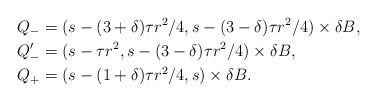
\begin{align*}Q_- &= (s-(3+\delta)\tau r^2/4,s-(3-\delta)\tau r^2/4)\times \delta B,\\Q_-' &= (s-\tau r^2,s-(3-\delta)\tau r^2/4)\times \delta B,\\Q_+&=(s-(1+\delta)\tau r^2/4,s)\times \delta B.\end{align*}